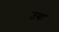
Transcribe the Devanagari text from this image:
उबा